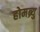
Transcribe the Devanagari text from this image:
होमब्र्यु